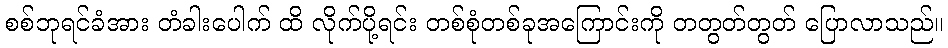
စစ်ဘုရင်ခံအား တံခါးပေါက် ထိ လိုက်ပို့ရင်း တစ်စုံတစ်ခုအကြောင်းကို တတွတ်တွတ် ပြောလာသည်။